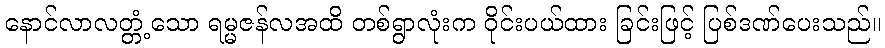
နောင်လာလတ္တံ့သော ရမ္မဇန်လအထိ တစ်ရွာလုံးက ဝိုင်းပယ်ထား ခြင်းဖြင့် ပြစ်ဒဏ်ပေးသည်။